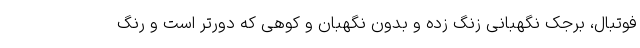
فوتبال، برجک نگهبانی زنگ زده و بدون نگهبان و کوهی که دورتر است و رنگ